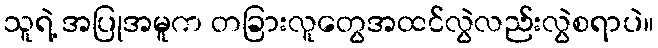
သူရဲ့ အပြုအမူက တခြားလူတွေအထင်လွဲလည်းလွဲစရာပဲ။